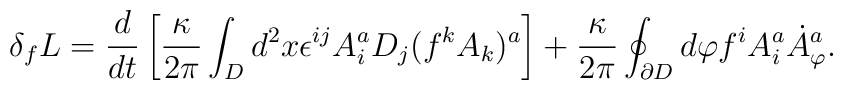
\delta_f L = \frac{d}{dt}  \left[\frac{\kappa}{2 \pi} \int_{D} d^2 x \epsilon^{ij} A_i^a D_j(f^kA_k)^a\right]+\frac{\kappa}{2 \pi} \oint_{\partial{D}} d \varphi f^iA^a_i{\dot A}^a_\varphi.